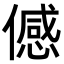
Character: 𬿯